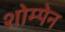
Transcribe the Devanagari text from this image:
शोम्पेन